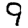
Digit: 9